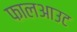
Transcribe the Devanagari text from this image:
फालआउट